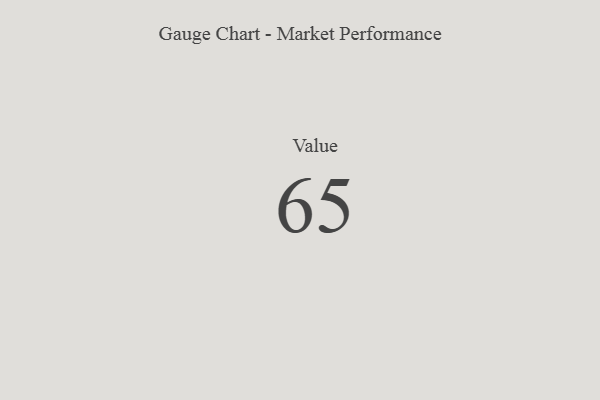
{"axis": {"x": "Metric", "y": "Value"}, "legend": [""], "data": [{"x": "Value", "y": 65, "type": ""}]}